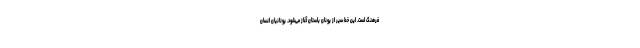
فرهنگ است. این خط سیر از یونان باستان آغاز می‌شود. یونانیان انسان